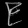
Digit: ၉